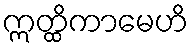
ဣတ္ထိကာမေဟိ